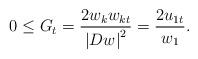
LaTeX: \begin{align*}0 \leq G_t = \frac{{2w_k w_{kt} }}{{\left| {Dw} \right|^2 }} = \frac{{2u_{1t} }}{{w_1 }}.\end{align*}